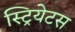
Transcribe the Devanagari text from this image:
स्ट्रियेटस